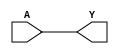


module BUF(A, Y);

input A;

output Y;

assign Y = A;

endmodule



module NOT(A, Y);

input A;

output Y;

assign Y = ~A;

endmodule



module AND(A, B, Y);

input A, B;

output Y;

assign Y = A & B;

endmodule



module NAND(A, B, Y);

input A, B;

output Y;

assign Y = ~(A & B);

endmodule



module OR(A, B, Y);

input A, B;

output Y;

assign Y = A | B;

endmodule



module NOR(A, B, Y);

input A, B;

output Y;

assign Y = ~(A | B);

endmodule



module XOR(A, B, Y);

input A, B;

output Y;

assign Y = A ^ B;

endmodule



module DFF(C, D, Q);

input C, D;

output reg Q;

always @(posedge C)

	Q <= D;

endmodule



module DFFSR(C, D, Q, S, R);

input C, D, S, R;

output reg Q;

always @(posedge C, posedge S, posedge R)

	if (S)

		Q <= 1'b1;

	else if (R)

		Q <= 1'b0;

	else

		Q <= D;

endmodule